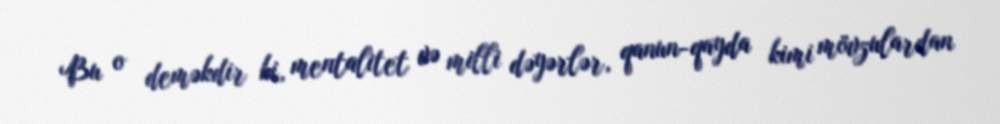
Bu o deməkdir ki, mentalitet və milli dəyərlər, qanun-qayda kimi mövzulardan